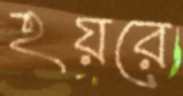
হয়রে